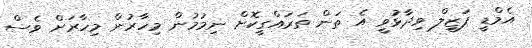
އެމްޑީ ފަޒީލް ވިދާޅުވީ އެ ތަން ތަރައްގީކޮށް ނިމުމުން މިހާރުން މިހާރަށް ވެސް